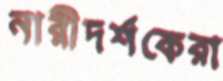
নারীদর্শকেরা